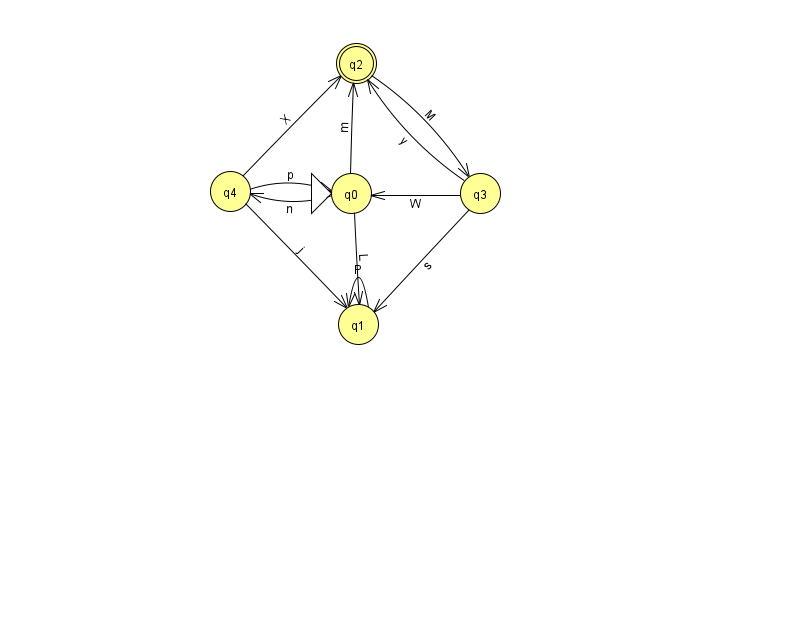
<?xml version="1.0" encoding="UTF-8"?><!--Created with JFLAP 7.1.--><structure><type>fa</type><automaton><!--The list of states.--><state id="0" name="q0"><x>351.0</x><y>180.0</y><initial/></state><state id="1" name="q1"><x>358.0</x><y>311.0</y></state><state id="2" name="q2"><x>356.0</x><y>50.0</y><final/></state><state id="3" name="q3"><x>480.0</x><y>180.0</y></state><state id="4" name="q4"><x>230.0</x><y>178.0</y></state><!--The list of transitions.--><transition><from>0</from><to>1</to><read>L</read></transition><transition><from>1</from><to>1</to><read>P</read></transition><transition><from>3</from><to>1</to><read>s</read></transition><transition><from>3</from><to>2</to><read>y</read></transition><transition><from>4</from><to>0</to><read>p</read></transition><transition><from>4</from><to>1</to><read>j</read></transition><transition><from>2</from><to>3</to><read>M</read></transition><transition><from>0</from><to>2</to><read>m</read></transition><transition><from>3</from><to>0</to><read>W</read></transition><transition><from>0</from><to>4</to><read>n</read></transition><transition><from>4</from><to>2</to><read>X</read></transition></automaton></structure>